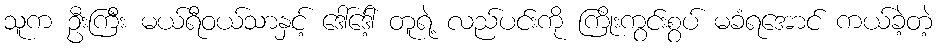
သူက ဦးကြီး မယ်ရီဝယ်သာနှင့် ဒေါ်ဒေါ့် တူရဲ့ လည်ပင်းကို ကြိုးကွင်းစွပ် မခံရအောင် ကယ်ခဲ့တဲ့